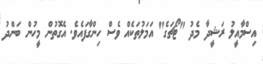
އިސްމާއީލު ރަޝީދާ މެދު "ޓޯޗަގެ" އަމަލުތަކެއް ވެސް ހިންގާފައެވެ. އެގޮތުން މީހުން ބަންދު